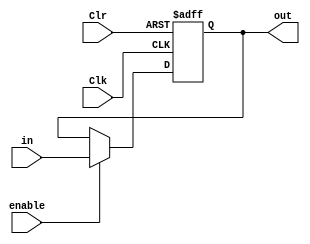
module TBR_register(output reg [31:0] out, input wire [31:0] in, input wire enable, Clr, Clk);

initial
	out[3:0] = 0;

always @ (posedge Clk, posedge Clr)
	if(Clr) 			// Clr = 1, writes 0 on every bit of the register
		out <= 32'h00000000; 
	else if(enable) 
		out <= in;
endmodule